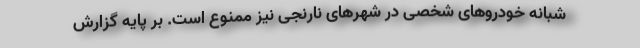
شبانه خودروهای شخصی در شهرهای نارنجی نیز ممنوع است. بر پایه گزارش